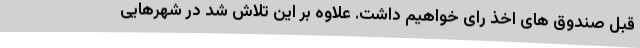
قبل صندوق های اخذ رای خواهیم داشت. علاوه بر این تلاش شد در شهرهایی